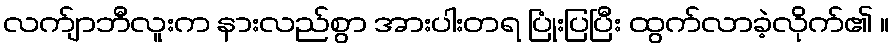
လက်ျာဘီလူးက နားလည်စွာ အားပါးတရ ပြုံးပြပြီး ထွက်လာခဲ့လိုက်၏ ။